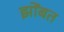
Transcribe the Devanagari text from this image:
झोंबत